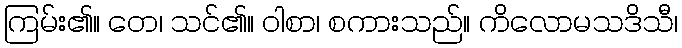
ကြမ်း၏။ တေ၊ သင်၏။ ဝါစာ၊ စကားသည်။ ကိလောမသဒိသီ၊